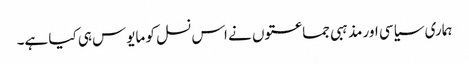
ہماری سیاسی اور مذہبی جماعتوں نے اس نسل کو مایوس ہی کیا ہے۔